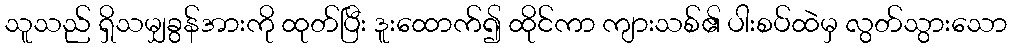
သူသည် ရှိသမျှခွန်အားကို ထုတ်ပြီး ဒူးထောက်၍ ထိုင်ကာ ကျားသစ်၏ ပါးစပ်ထဲမှ လွတ်သွားသော